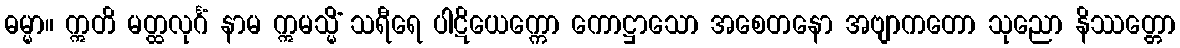
ဓမ္မာ။ ဣတိ မတ္ထလုင်္ဂံ နာမ ဣမသ္မိံ သရီရေ ပါဋိယေက္ကော ကောဋ္ဌာသော အစေတနော အဗျာကတော သုညော နိဿတ္တော